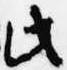
此